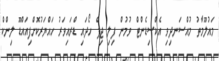
މައުލޫމާތު މުއްސަނދިވި އެކްސިޑެންޓް ވުމުން ފިލި ޖިޕް ހޯދައި ޑްރައިވަރު ހައްޔަރުކޮށްފިއައްޑޫ ލިންކް